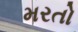
મરતો